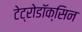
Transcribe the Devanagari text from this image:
टेट्रोडॉक्सिन